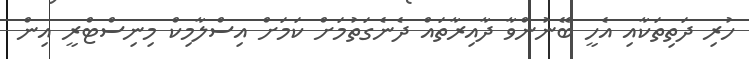
ހުރި ދަތިތަކާއި އެހީ ބޭނުންވާ ދާއިރާތައް ދެނެގަތުމަށް ކަމަށް އިސްލާމިކް މިނިސްޓްރީ އިން